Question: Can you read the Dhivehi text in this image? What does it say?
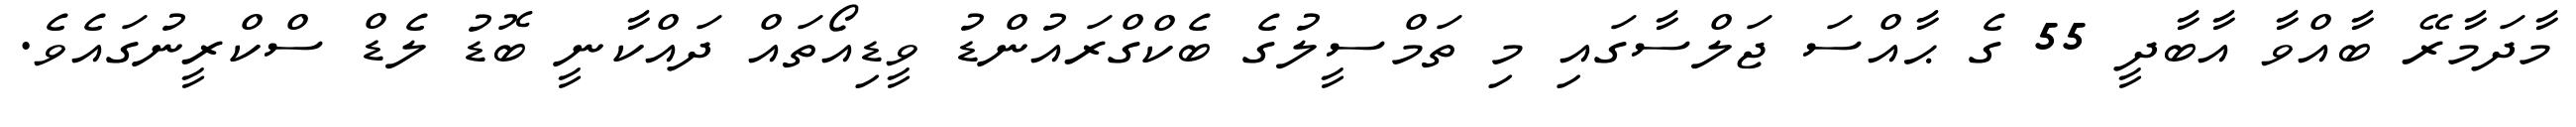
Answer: މާދަމާރޭ ބާއްވާ އާބާދީ 55 ގެ ޙާއްސަ ޖަލްސާގައި މި ތަމްސީލުގެ ބެކްގްރައުންޑު ވީޑިއޯތައް ދައްކާނީ ބޮޑު ލެޑް ސްކްރީނުގައެވެ.